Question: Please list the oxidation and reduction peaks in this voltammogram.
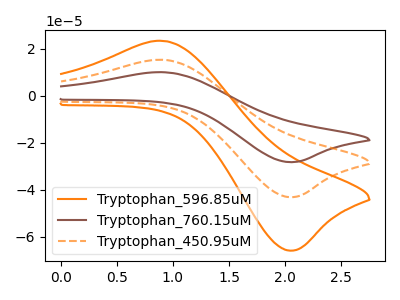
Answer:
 <answer>The orange curve "Tryptophan_596.85uM" has an anodic peak at (0.90V, 23.35uA) and a cathodic peak at (2.05V, -66.00uA). The brown curve "Tryptophan_760.15uM" has an anodic peak at (0.90V, 30.55uA) and a cathodic peak at (2.05V, -86.40uA). The orange dashed curve "Tryptophan_450.95uM" has an anodic peak at (0.90V, 15.25uA) and a cathodic peak at (2.05V, -43.20uA).</answer>
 <eval></eval>